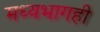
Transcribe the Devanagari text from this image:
मध्यभागही